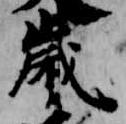
歳